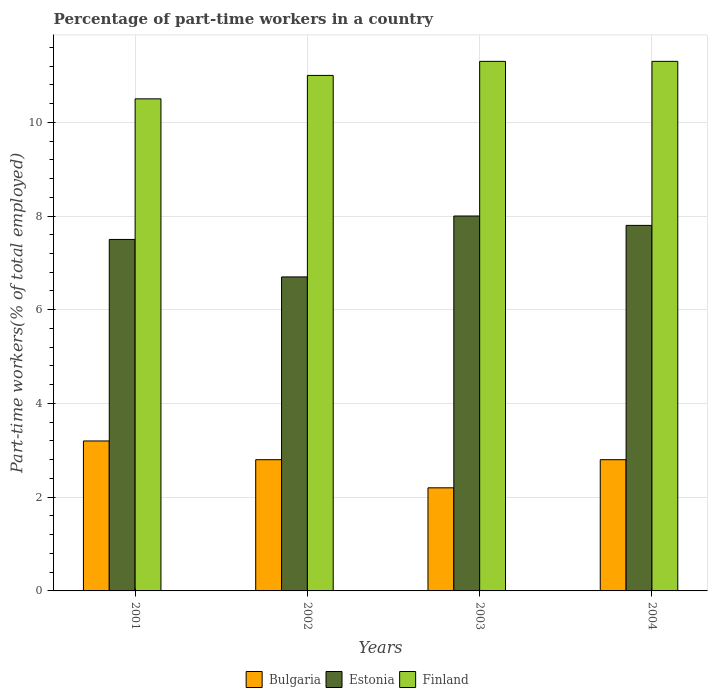
| Years | Bulgaria | Estonia | Finland |
 | --- | --- | --- | --- |
 | 2001 | 3.2 | 7.5 | 10.5 |
 | 2002 | 2.8 | 6.7 | 11 |
 | 2003 | 2.2 | 8 | 11.3 |
 | 2004 | 2.8 | 7.8 | 11.3 |